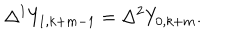
LaTeX: \Delta ^ { 1 } Y _ { 1 , k + m - 1 } = \Delta ^ { 2 } Y _ { 0 , k + m } .